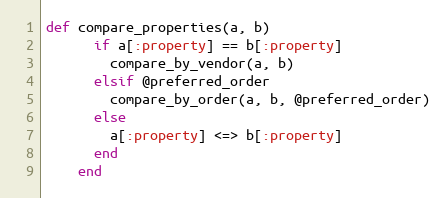
Language: Ruby
def compare_properties(a, b)
      if a[:property] == b[:property]
        compare_by_vendor(a, b)
      elsif @preferred_order
        compare_by_order(a, b, @preferred_order)
      else
        a[:property] <=> b[:property]
      end
    end